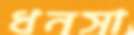
ধনসা